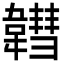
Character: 𩏚